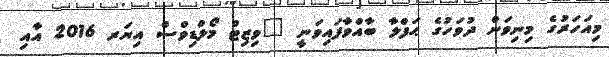
މިއަހަރުގެ މިނިވަން ދުވަހުގެ ޙަފްލާ ބާއްވާފައިވަނީ "ވިޒިޓް މޯލްޑިވްސް އިޔަރ 2016 އާއި